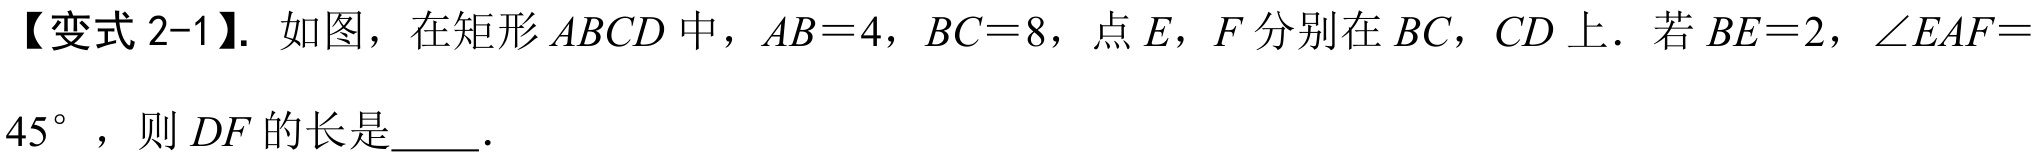
【变式 2-1】. 如图，在矩形\(ABCD\)中，\(AB = 4\)，\(BC = 8\)，点\(E\)，\(F\)分别在\(BC\)，\(CD\)上．若\(BE = 2\)，\(\angle EAF = 45^{\circ}\)，则\(DF\)的长是\(\underline{\quad\quad}\).